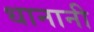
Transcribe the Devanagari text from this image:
धानानी